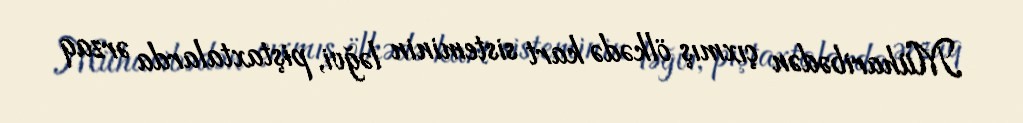
Müharibədən çıxmış ölkədə kart sisteminin ləğvi, piştaxtalarda ərzaq